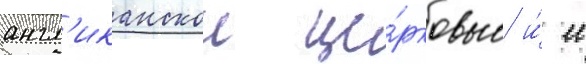
англ'иканскои це́рковью и́ ее